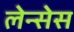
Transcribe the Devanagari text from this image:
लेन्सेस